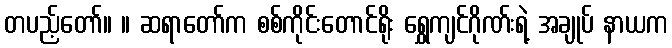
တပည့်တော်။ ။ ဆရာတော်က စစ်ကိုင်းတောင်ရိုး ရွှေကျင်ဂိုဏ်းရဲ့ အချုပ် နာယက